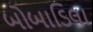
બોબાડિલા